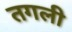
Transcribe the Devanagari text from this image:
तगली